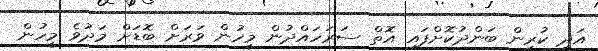
އަދި ކުރިން ބަންދުކޮށްފައި އޮތް ސަރަހައްދުން މީހުން ވަރަށް ބޮޑަށް މަދުވެ މީހުން